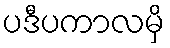
ပဒီပကာလမှိ